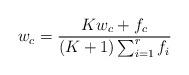
LaTeX: \begin{align*} w_c = \frac{K w_c + f_c}{(K+1)\sum_{i=1}^{r} f_i}\end{align*}